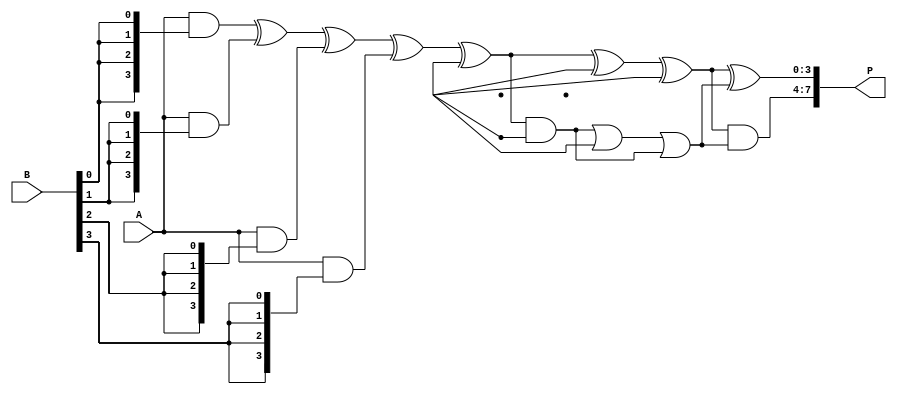
module wallace_tree_multiplier #(parameter N = 4) (
    input [N-1:0] A,
    input [N-1:0] B,
    output [2*N-1:0] P
);

    // Partial product generation
    wire [N-1:0] pp [0:N-1]; // Partial products
    genvar i, j;
    generate
        for (i = 0; i < N; i = i + 1) begin : pp_gen
            assign pp[i] = A & {N{B[i]}};
        end
    endgenerate

    // Carry-save adder (CSA) structure
    wire [N-1:0] sum [0:N-1];
    wire [N-1:0] carry [0:N-1];

    // Initial assignment of the first three partial products
    assign sum[0] = pp[0] ^ pp[1] ^ pp[2];
    assign carry[0] = (pp[0] & pp[1]) | (pp[1] & pp[2]) | (pp[0] & pp[2]);

    // Wallace tree reduction
    genvar level;
    generate
        for (level = 1; level < N; level = level + 1) begin : wallace_tree
            if (level < N-1) begin
                assign sum[level] = sum[level-1] ^ pp[level+2] ^ pp[level+3];
                assign carry[level] = (sum[level-1] & pp[level+2]) | (pp[level+2] & pp[level+3]) | (sum[level-1] & pp[level+3]);
            end
        end
    endgenerate

    // Final addition using a simple adder
    wire [N-1:0] final_sum;
    wire [N-1:0] final_carry;

    assign final_sum = sum[N-2] ^ carry[N-2];
    assign final_carry = sum[N-2] & carry[N-2];

    // Final product calculation
    assign P = {final_carry, final_sum};

endmodule